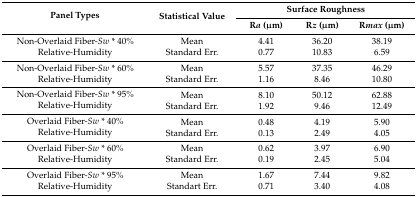
<table><thead><tr><td rowspan="2"><b>Panel Types</b></td><td rowspan="2"><b>Statistical Value</b></td><td colspan="3"><b>Surface Roughness </b></td></tr><tr><td><b>R<i>a</i> (μm)</b></td><td><b>R<i>z</i> (μm)</b></td><td><b>R<i>max</i> (μm)</b></td></tr></thead><tbody><tr><td rowspan="2">Non-Overlaid Fiber-<i>Sw</i> * 40% Relative-Humidity</td><td>Mean</td><td>4.41</td><td>36.20</td><td>38.19</td></tr><tr><td>Standard Err.</td><td>0.77</td><td>10.83</td><td>6.59</td></tr><tr><td rowspan="2">Non-Overlaid Fiber-<i>Sw</i> * 60% Relative-Humidity</td><td>Mean</td><td>5.57</td><td>37.35</td><td>46.29</td></tr><tr><td>Standard Err.</td><td>1.16</td><td>8.46</td><td>10.80</td></tr><tr><td rowspan="2">Non-Overlaid Fiber-<i>Sw</i> * 95% Relative-Humidity</td><td>Mean</td><td>8.10</td><td>50.12</td><td>62.88</td></tr><tr><td>Standard Err.</td><td>1.92</td><td>9.46</td><td>12.49</td></tr><tr><td rowspan="2">Overlaid Fiber-<i>Sw</i> * 40% Relative-Humidity</td><td>Mean</td><td>0.48</td><td>4.19</td><td>5.90</td></tr><tr><td>Standard Err. </td><td>0.13</td><td>2.49</td><td>4.05</td></tr><tr><td rowspan="2">Overlaid Fiber-<i>Sw</i> * 60% Relative-Humidity </td><td>Mean</td><td>0.62</td><td>3.97</td><td>6.90</td></tr><tr><td>Standard Err.</td><td>0.19</td><td>2.45</td><td>5.04</td></tr><tr><td rowspan="2">Overlaid Fiber-<i>Sw</i> * 95% Relative-Humidity</td><td>Mean</td><td>1.67</td><td>7.44</td><td>9.82</td></tr><tr><td>Standart Err.</td><td>0.71</td><td>3.40</td><td>4.08</td></tr></tbody></table>